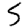
Digit: 5